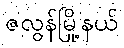
ဇလွန်မြို့နယ်